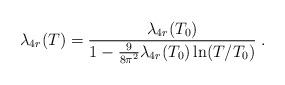
LaTeX: \begin{align*}\lambda_{4r}(T) =\frac{\lambda_{4r}(T_{0})}{1-\frac{9}{8\pi^2}\lambda_{4r}(T_{0})\ln (T/T_{0})}\;. \end{align*}